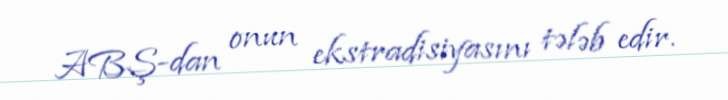
ABŞ-dan onun ekstradisiyasını tələb edir.